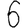
Digit: 6